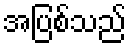
အပြစ်သည်